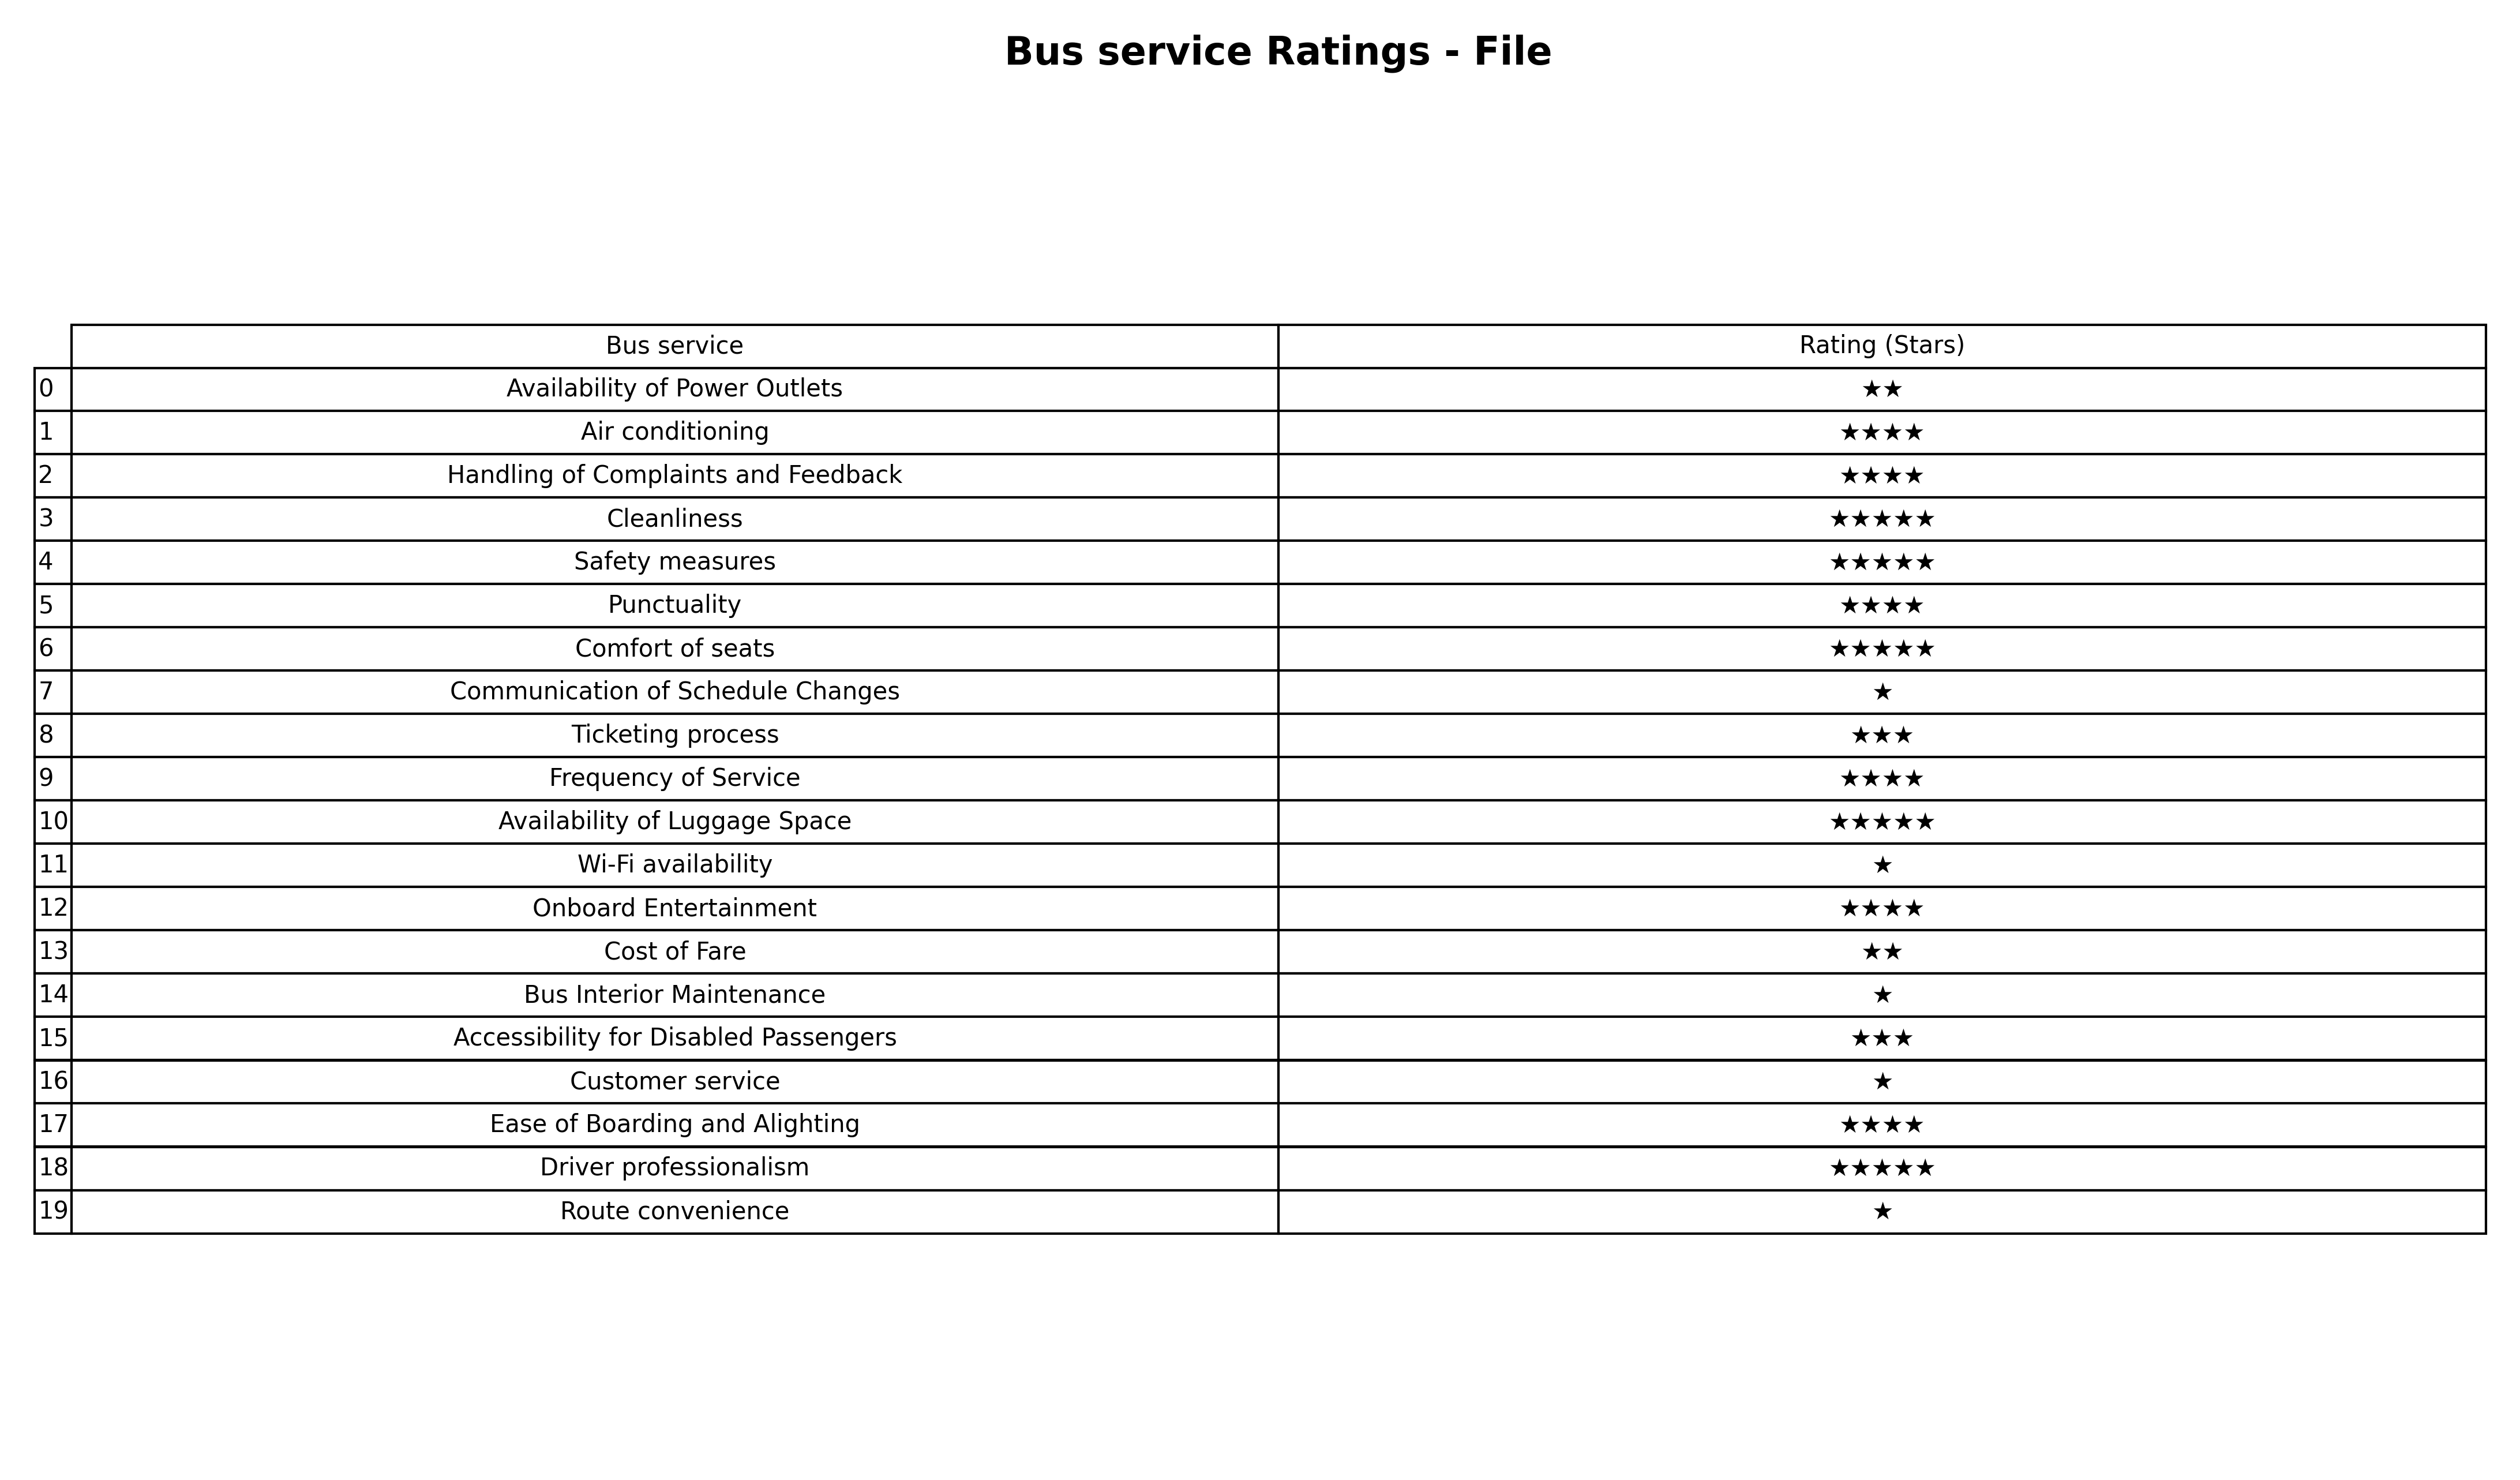
question: What are highest rating services?
answer: Air conditioningHandling of Complaints and FeedbackPunctualityFrequency of ServiceOnboard EntertainmentEase of Boarding and Alighting